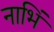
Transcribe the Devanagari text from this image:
नाभिं